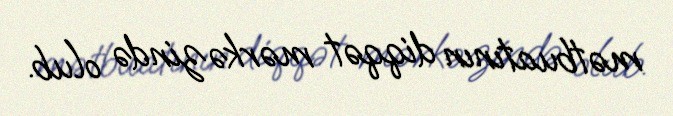
mətbuatının diqqət mərkəzində olub.